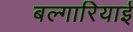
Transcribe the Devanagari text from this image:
बल्गारियाई